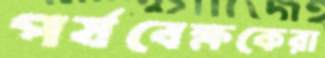
পর্যবেক্ষকেরা